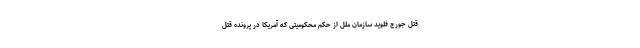
قتل جورج فلوید سازمان ملل از حکم محکومیتی که آمریکا در پرونده قتل